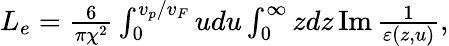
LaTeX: \begin{array}{r}{L_{e}=\frac{6}{\pi\chi^{2}}\int_{0}^{v_{p}/v_{F}}udu\int_{0}^{\infty}zdz\operatorname{Im}\frac{1}{\varepsilon(z,u)},}\end{array}